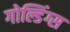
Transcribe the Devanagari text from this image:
गोल्डिंग्स